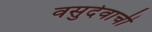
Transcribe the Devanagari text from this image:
वसुदेवाची